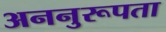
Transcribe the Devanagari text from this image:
अननुरूपता